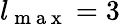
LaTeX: l_{\mathrm{~m~a~x~}}=3